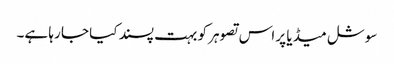
سوشل میڈیا پر اس تصوہر کو بہت پسند کیا جا رہا ہے۔